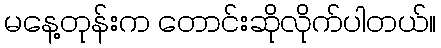
မနေ့တုန်းက တောင်းဆိုလိုက်ပါတယ်။